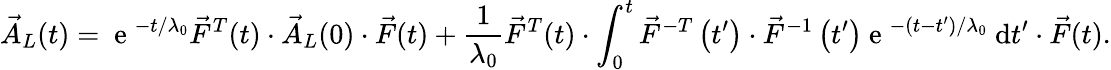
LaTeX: \vec{A}_{L}(t)=\mathrm{~e~}^{-t/\lambda_{0}}\vec{F}^{T}(t)\cdot\vec{A}_{L}(0)\cdot\vec{F}(t)+\frac{1}{\lambda_{0}}\vec{F}^{T}(t)\cdot\int_{0}^{t}\vec{F}^{-T}\left(t^{\prime}\right)\cdot\vec{F}^{-1}\left(t^{\prime}\right)\mathrm{~e~}^{-(t-t^{\prime})/\lambda_{0}}~\mathrm{d}t^{\prime}\cdot\vec{F}(t).